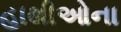
હાથીઓના